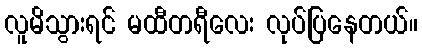
လူမိသွားရင် မထီတရီလေး လုပ်ပြနေတယ်။